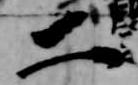
二